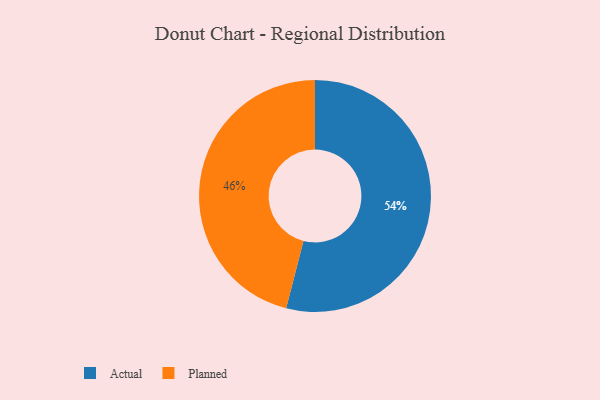
{"axis": {"x": "Category", "y": "Percentage"}, "legend": ["Actual", "Planned"], "data": [{"x": "Actual", "y": 54, "type": "Actual"}, {"x": "Planned", "y": 46, "type": "Planned"}]}